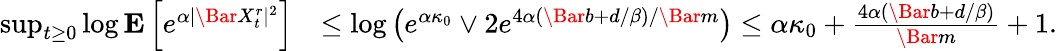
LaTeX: \begin{array}{rl}{\operatorname*{sup}_{t\ge 0}\log\mathbf{E}\left[e^{\alpha|\Bar{X}_{t}^{r}|^{2}}\right]}&{\le\log\left(e^{\alpha\kappa_{0}}\vee 2e^{4\alpha(\Bar{b}+d/\beta)/\Bar{m}}\right)\le\alpha\kappa_{0}+\frac{4\alpha(\Bar{b}+d/\beta)}{\Bar{m}}+1.}\end{array}